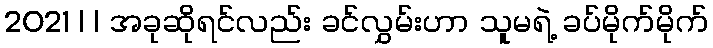
2021 | | အခုဆိုရင်လည်း ခင်လွှမ်းဟာ သူမရဲ့ ခပ်မိုက်မိုက်